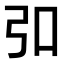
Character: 𪪺